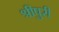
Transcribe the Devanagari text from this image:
श्रीपुरी